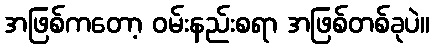
အဖြစ်ကတော့ ဝမ်းနည်းစရာ အဖြစ်တစ်ခုပဲ။